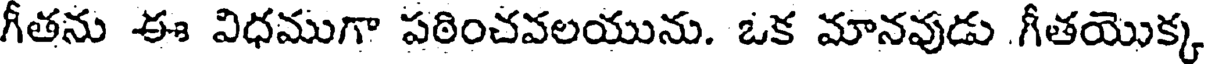
గీతను ఈ విధముగా పఠించవలయును. ఒక మానవుడు గీతయొక్క